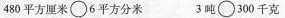
480平方厘米\circ6平方分米 3吨\circ300千克